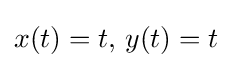
x(t)=t,\,y(t)=t